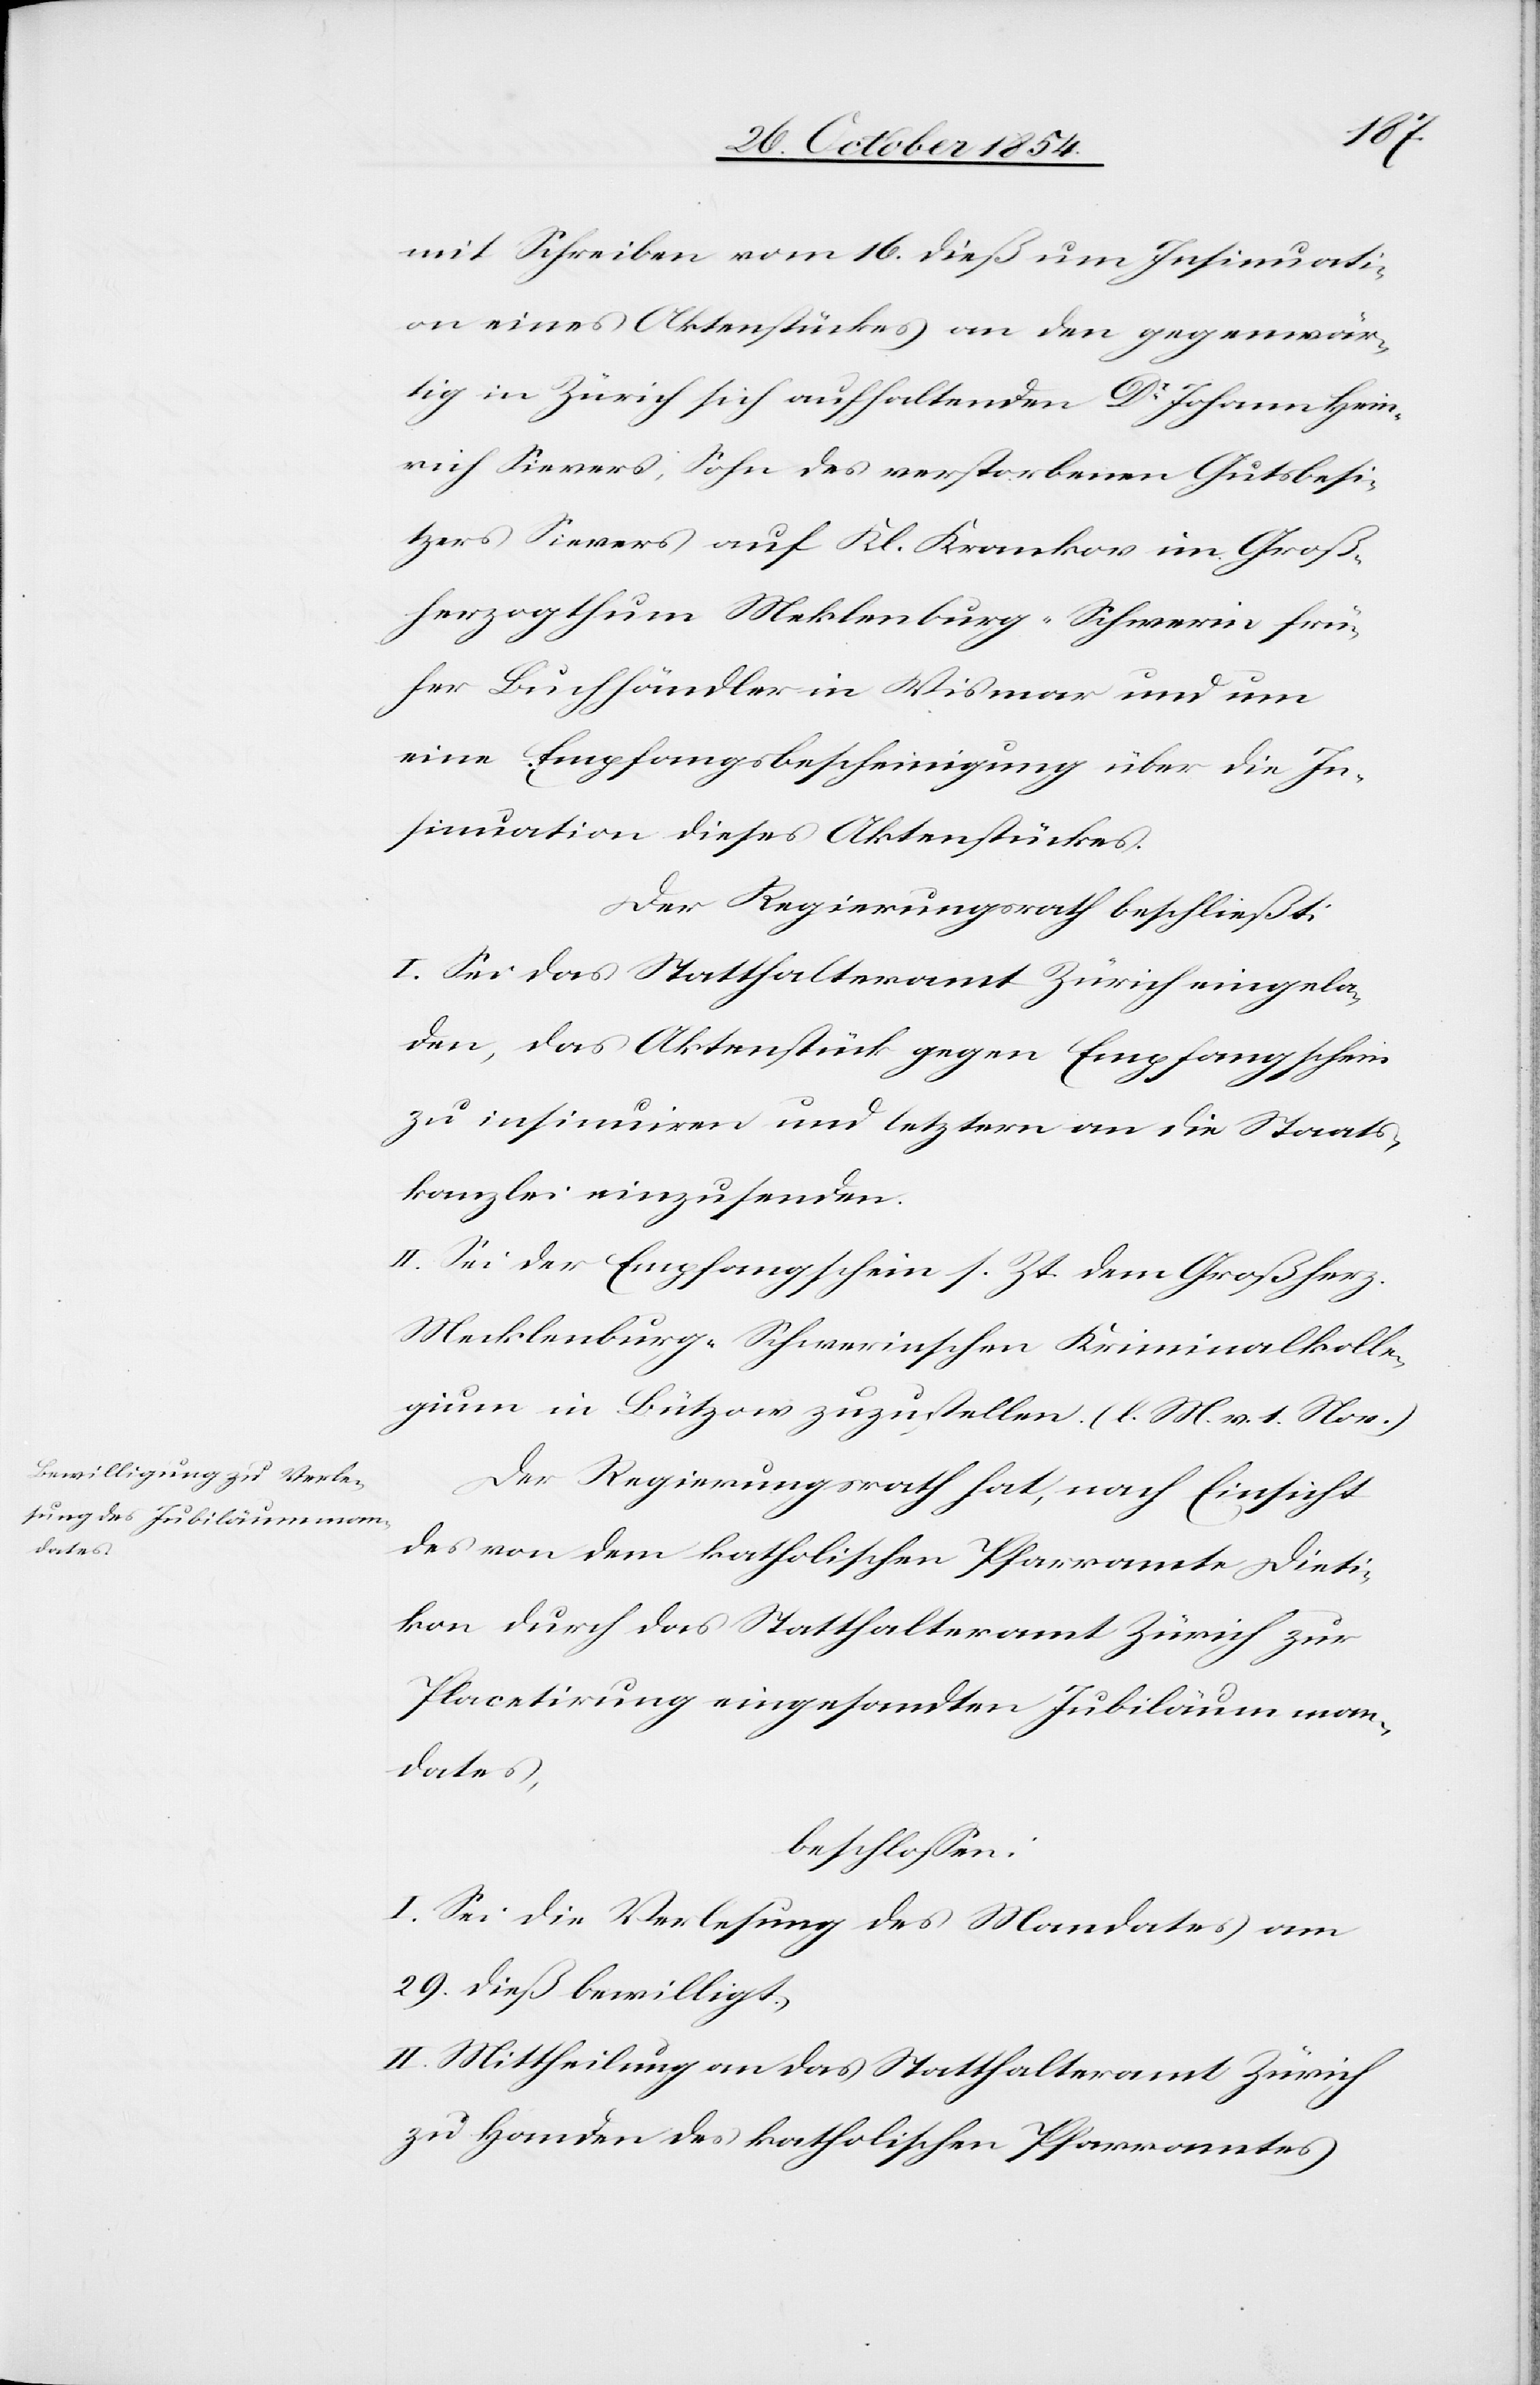
dates,

mit Schreiben vom 16. dieß um Insinuati¬
on eines Aktenstückes an den gegenwär¬
tig in Zürich sich aufhaltenden Dr Johann Hein¬
rich Sievers, Sohn des verstorbenen Gutsbesi¬
tzers Sievers auf Kl. Krankov im Groß¬
herzogthum Mecklenburg-Schwerin frü¬
her Buchhändler in Wismar und um
eine Empfangsbescheinigung über die In¬
sinuation dieses Aktenstückes.
Der Regierungsrath beschließt:
I. Sei das Statthalteramt Zürich eingela¬
den, das Aktenstück gegen Empfangschein
zu insinuiren und letztern an die Staats¬
kanzlei einzusenden.
II. Sei der Empfangschein s. Zt. dem Großherz.
Mecklenburg-Schwerinschen Kriminalkolle¬
gium in Bützow zuzustellen. (l. M. v. 1. Nov.)
Der Regierungsrath hat, nach Einsicht
des von dem katholischen Pfarramte Dieti¬
kon durch das Statthalteramt Zürich zur
Placetirung eingesandten Jubiläumman¬
beschloßen:
I. Sei die Verlesung des Mandates am
29. dieß bewilligt.
II. Mittheilung an das Statthalteramt Zürich
zu Handen des katholischen Pfarramtes